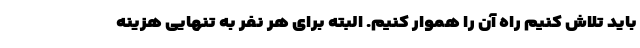
باید تلاش کنیم راه آن را هموار کنیم. البته برای هر نفر به تنهایی هزینه